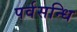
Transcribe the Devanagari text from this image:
पर्वसन्धि